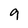
Character: 9